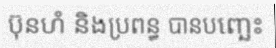
ប៊ុនហំ និងប្រពន្ធ បានបញ្ឆេះ